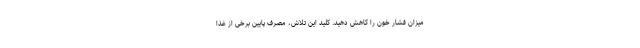
میزان فشار خون را کاهش دهید. کلید این تلاش، مصرف پایین برخی از غذا